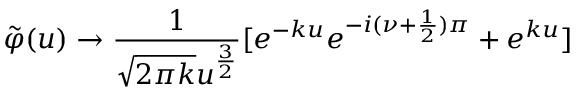
\tilde { \varphi } ( u ) \rightarrow \frac { 1 } { \sqrt { 2 \pi k } u ^ { \frac { 3 } { 2 } } } [ e ^ { - k u } e ^ { - i ( \nu + \frac { 1 } { 2 } ) \pi } + e ^ { k u } ]